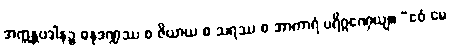
အက္ကန္တပဒါနဉ္စ ဓနုဒဏ္ဍဿ စ ဇိယာယ စ သရဿ စ အာကာရံ ပရိဂ္ဂဏှေယျ။ “ဧဝံ မေ